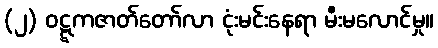
(၂) ဝဋ္ဋကဇာတ်တော်လာ ငုံးမင်းနေရာ မီးမလောင်မှု။